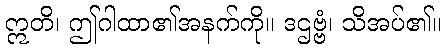
ဣတိ၊ ဤဂါထာ၏အနက်ကို။ ဒဌဗ္ဗံ၊ သိအပ်၏။